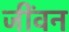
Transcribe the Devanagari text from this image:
जींवन